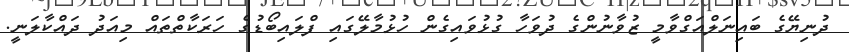
ދުނިޔޭގެ ބައިނަލްއަގްވާމީ ޒުވާނުންގެ ދުވަހާ ގުޅުވައިގެން ހުޅުމާލޭގައި ފްލައިބޯޑުގެ ހަރަކާތްތައް މިއަދު ދައްކާލަނީ.